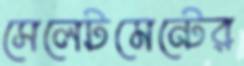
সেলেটমেন্টের